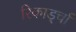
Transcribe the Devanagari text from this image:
रिकार्ड्चा